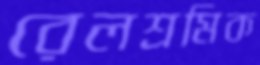
রেলশ্রমিক